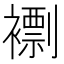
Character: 𧝼